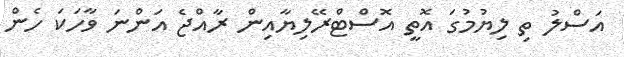
އަސްލު ތި ލިޔުމުގަ އޮތީ އޮސްޓްރޭލިޔާއިން ރާއްޖެ އަންނަ ވާހަކަ ހެން